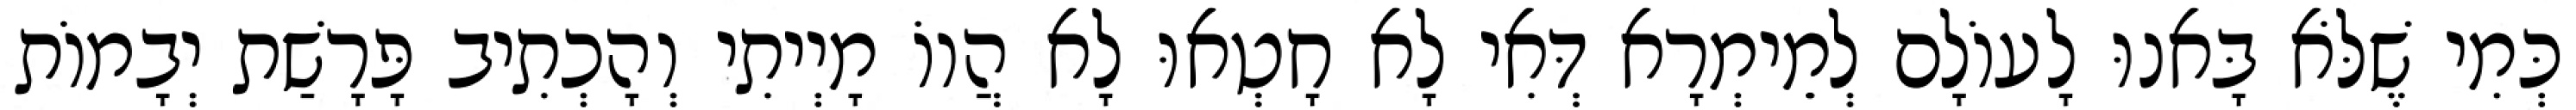
כְּמִי שֶׁלֹּא בָּאנוּ לָעוֹלָם לְמֵימְרָא דְּאִי לָא חָטְאוּ לָא הֲווֹ מָיְיתִי וְהָכְתִיב פָּרָשַׁת יְבָמוֹת